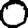
Digit: 0